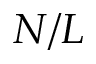
N / L